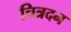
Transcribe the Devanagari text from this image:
चित्रदन